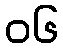
၀၆